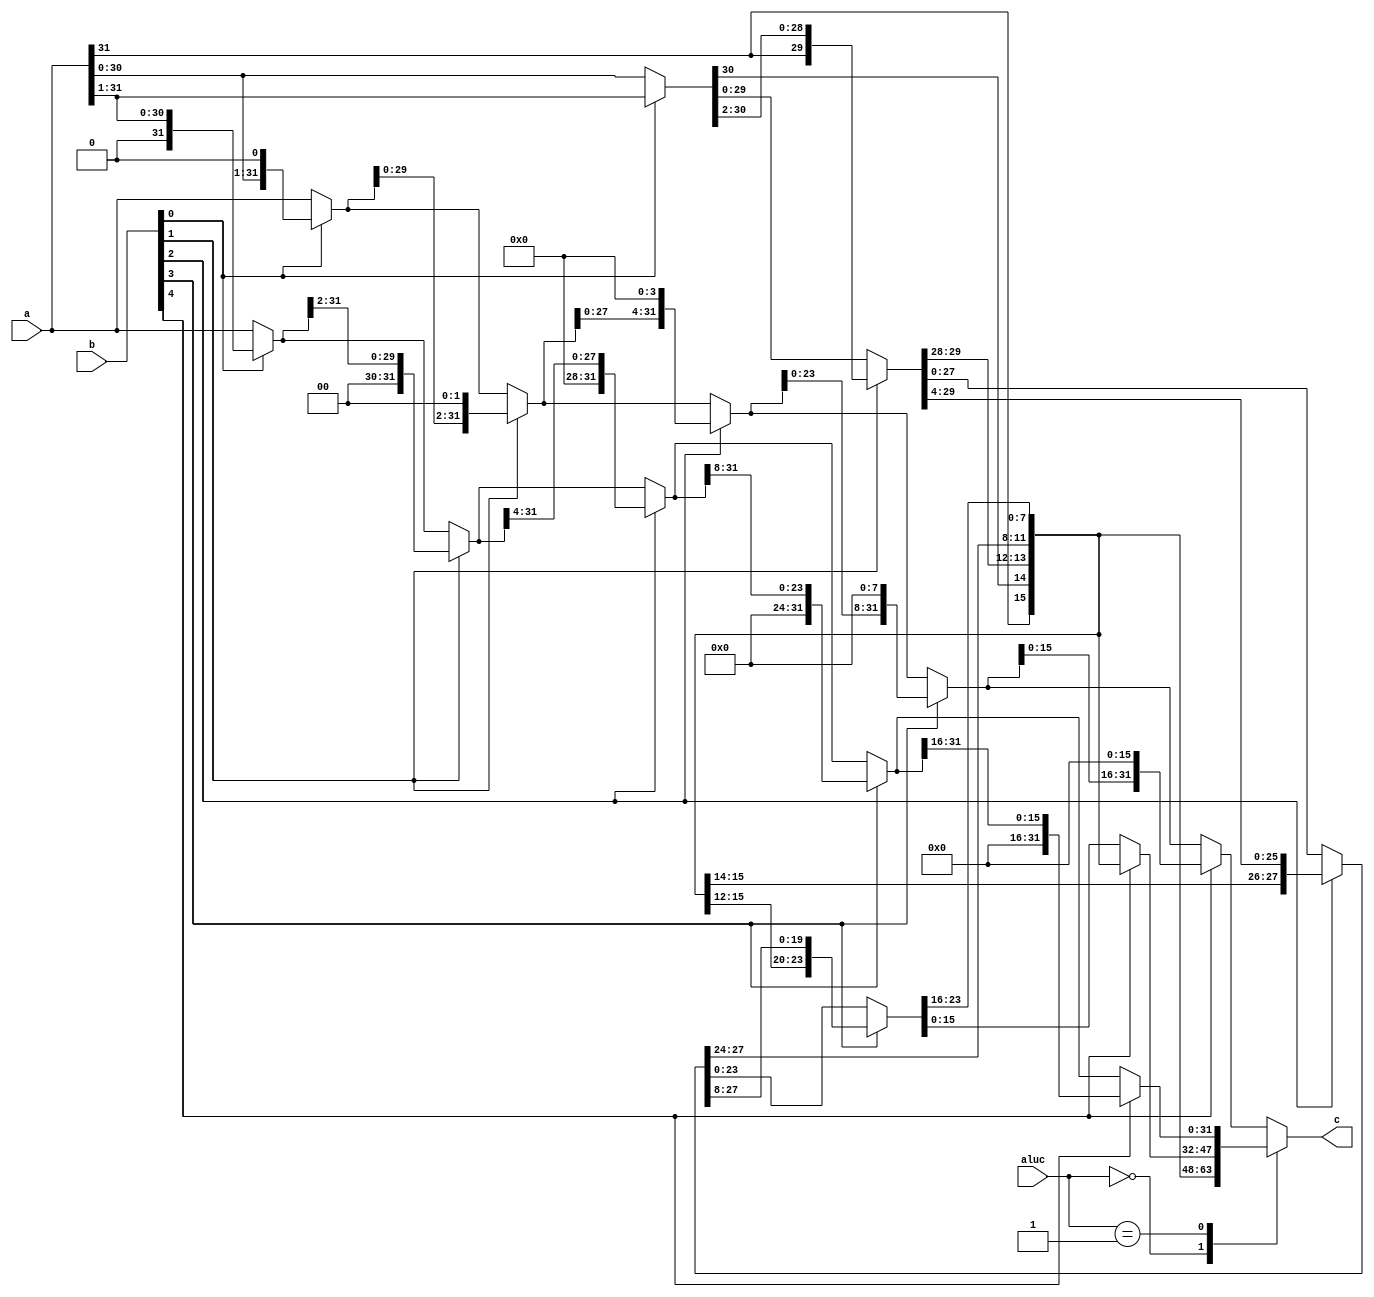
`timescale 1ns / 1ps
module barrelshifter32(
    input [31:0] a, //32 
    input [4:0] b, //5 
    input [1:0] aluc, //2 
    output reg [31:0] c //32 
);
    reg [31:0] temp;
    always @(a or b or aluc) begin
        case(aluc)
            2'b00: begin
                temp = b[0] ? {a[31],a[31:1]} : a;
                temp = b[1] ? {temp[31:30],temp[31:2]} : temp;
                temp = b[2] ? {temp[31:28],temp[31:4]} : temp;
                temp = b[3] ? {temp[31:24],temp[31:8]} : temp;
                temp = b[4] ? {temp[31:16],temp[31:16]} : temp;
                end
            2'b01: begin
                temp = b[0] ? {1'b0,a[31:1]} : a;
                temp = b[1] ? {2'b0,temp[31:2]} : temp;
                temp = b[2] ? {4'b0,temp[31:4]} : temp;
                temp = b[3] ? {8'b0,temp[31:8]} : temp;
                temp = b[4] ? {16'b0,temp[31:16]} : temp;
                end
            default: begin
                temp = b[0] ? {a[30:0],1'b0} : a;
                temp = b[1] ? {temp[29:0],2'b0} : temp;
                temp = b[2] ? {temp[27:0],4'b0} : temp;
                temp = b[3] ? {temp[23:0],8'b0} : temp;
                temp = b[4] ? {temp[15:0],16'b0} : temp;
                end
        endcase
        c = temp;
    end
endmodule